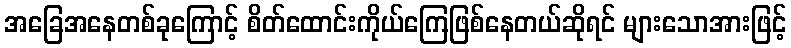
အခြေအနေတစ်ခုကြောင့် စိတ်ထောင်းကိုယ်ကြေဖြစ်နေတယ်ဆိုရင် များသောအားဖြင့်